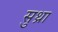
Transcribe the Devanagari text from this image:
सुथ्रा